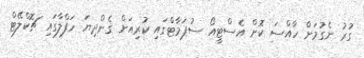
ގުރު ނެގުމަށް ހާއްސަ ކޮށް އެސްޓީއޯ ސުޕަމާޓްގައި ކުރިއަށް ގެންދިޔަ ހަފްލާގައި ޗޮކްލޭޓް